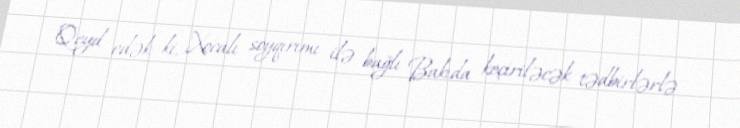
Qeyd edək ki, Xocalı soyqırımı ilə bağlı Bakıda keçiriləcək tədbirlərlə